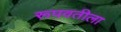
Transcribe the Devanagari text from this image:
रूपवतीला